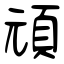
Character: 頑